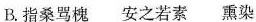
B. 指桑骂槐 安之若素 熏染